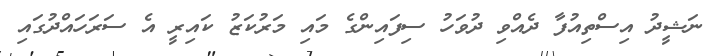
ނަޝީދު އިސްތިއުފާ ދެއްވި ދުވަހު ސިފައިންގެ މައި މަރުކަޒު ކައިރީ އެ ސަރަހައްދުގައި